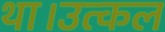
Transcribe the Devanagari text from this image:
था।उत्कल